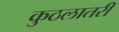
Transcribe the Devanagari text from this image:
कुठलातरी